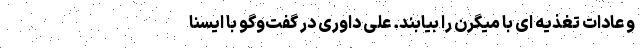
و عادات تغذیه ای با میگرن را بیابند. علی داوری در گفت‌وگو با ایسنا